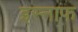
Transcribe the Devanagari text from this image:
इस्नाफ